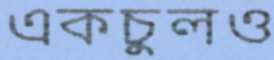
একচুলও